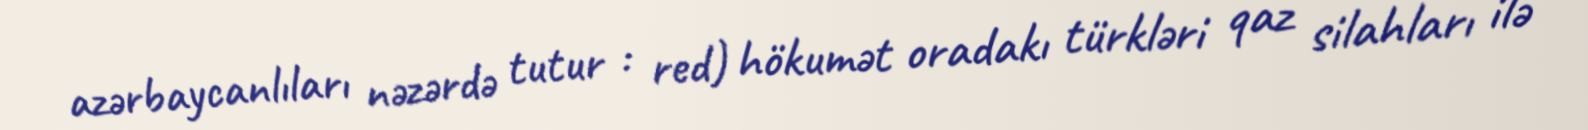
azərbaycanlıları nəzərdə tutur : red) hökumət oradakı türkləri qaz silahları ilə